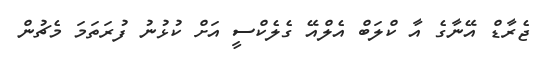
ޖެރާޑް އޭނާގެ އާ ކްލަބް އެލްއޭ ގެލެކްސީ އަށް ކުޅުނު ފުރަތަމަ މެޗުން